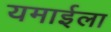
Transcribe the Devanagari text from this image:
यमाईला